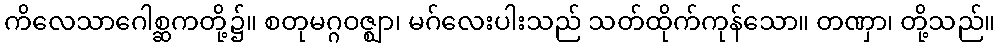
ကိလေသာဂေါစ္ဆကတို့၌။ စတုမဂ္ဂဝဇ္ဈာ၊ မဂ်လေးပါးသည် သတ်ထိုက်ကုန်သော။ တဏှာ၊ တို့သည်။